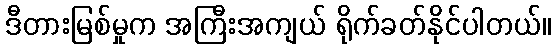
ဒီတားမြစ်မှုက အကြီးအကျယ် ရိုက်ခတ်နိုင်ပါတယ်။